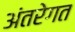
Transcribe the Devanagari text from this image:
अंतरेगत